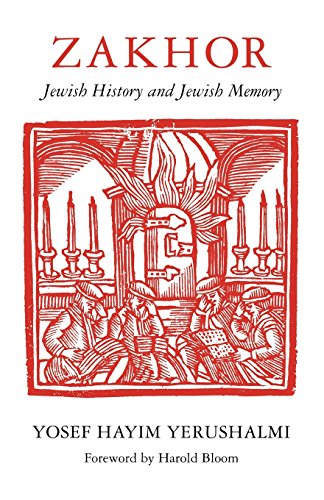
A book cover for Zakhor: Jewish History and Jewish Memory (The Samuel and Althea Stroum Lectures in Jewish Studies); Yosef Hayim Yerushalmi; Religion & Spirituality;